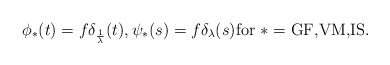
\begin{align*}\phi_*(t) = f \delta_{\frac{1}\lambda}(t), \psi_*(s) = f \delta_{\lambda}(s)\mbox{for~}*=\mbox{GF,VM,IS}.\end{align*}